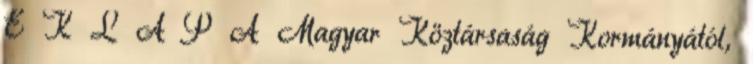
É K L A P A Magyar Köztársaság Kormányától,